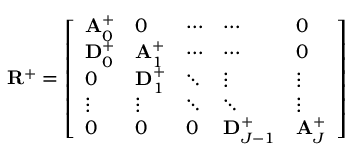
\mathbf { R } ^ { + } = \left[ \begin{array} { l l l l l } { \mathbf { A } _ { 0 } ^ { + } } & { 0 } & { \cdots } & { \cdots } & { 0 } \\ { \mathbf { D } _ { 0 } ^ { + } } & { \mathbf { A } _ { 1 } ^ { + } } & { \cdots } & { \cdots } & { 0 } \\ { 0 } & { \mathbf { D } _ { 1 } ^ { + } } & { \ddots } & { \vdots } & { \vdots } \\ { \vdots } & { \vdots } & { \ddots } & { \ddots } & { \vdots } \\ { 0 } & { 0 } & { 0 } & { \mathbf { D } _ { J - 1 } ^ { + } } & { \mathbf { A } _ { J } ^ { + } } \end{array} \right]